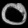
Digit: ၀